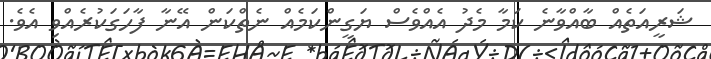
ޝަރީއަތެއް ބާއްވާނެ ކަމާ މެދު އެއްވެސް ޔަގީންކަމެއް ނެތްކަން އޭނާ ފާހަގަކުރެއްވި އެވެ.